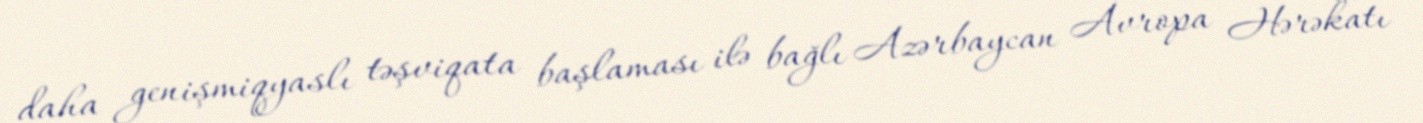
daha genişmiqyaslı təşviqata başlaması ilə bağlı Azərbaycan Avropa Hərəkatı